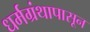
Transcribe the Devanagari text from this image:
धर्मग्रंथापासून